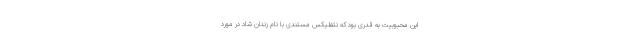
این محبوبیت به قدری بود که نتفلیکس مستندی با نام زندان شاد در مورد